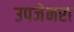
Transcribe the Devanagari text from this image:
उपजेनरा